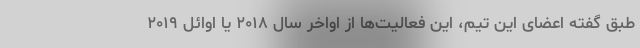
طبق گفته اعضای این تیم، این فعالیت‌ها از اواخر سال ۲۰۱۸ یا اوائل ۲۰۱۹